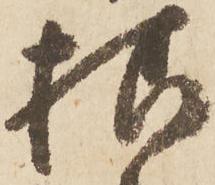
様